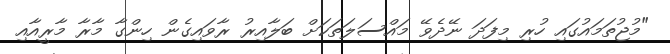
"މުޖުތަމައުގައި ހުރި މިފަދަ ނޭދެވޭ މައްސަލަތަކަށް ބަލާއިރު ރާވައިގެން ހިންގާ މާރާ މާރީއާއި